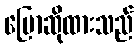
ပြောဆိုထားသည်